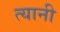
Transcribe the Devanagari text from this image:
त्‍यानी